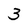
Character: 3